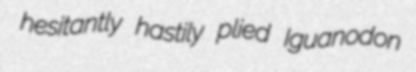
hesitantly hastily plied Iguanodon